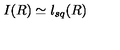
I ( R ) \simeq l _ { s q } ( R )